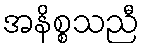
အနိစ္စသညီ